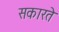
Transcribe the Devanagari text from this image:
सकारते